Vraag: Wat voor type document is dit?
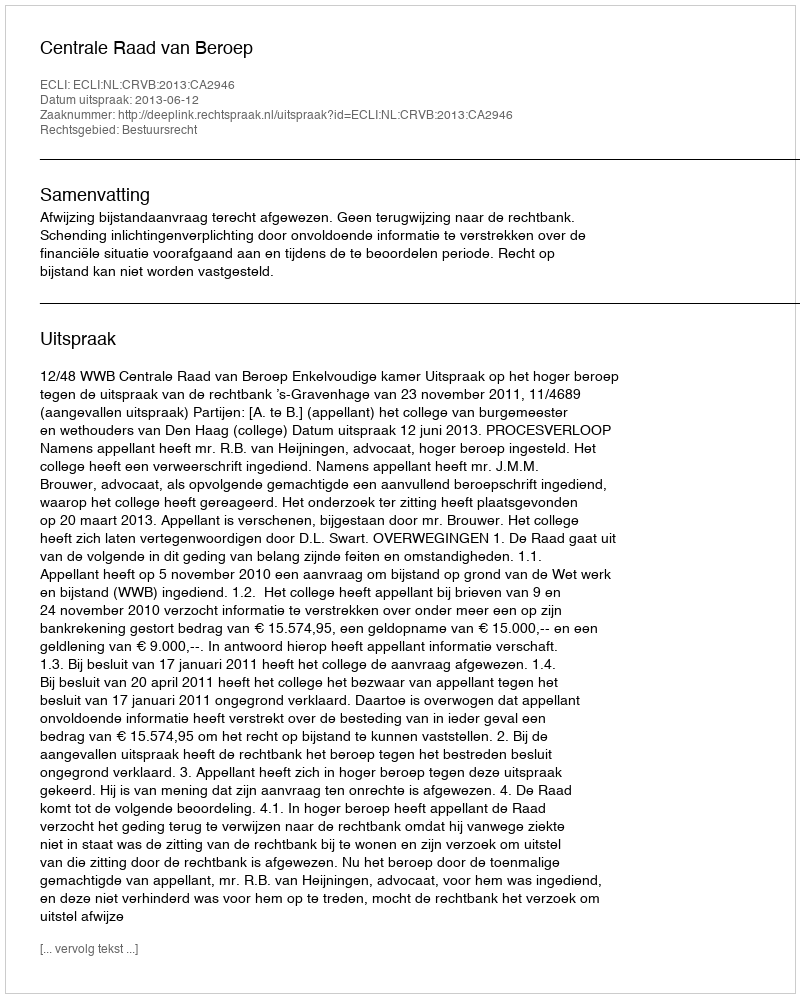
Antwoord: Uitspraak